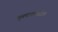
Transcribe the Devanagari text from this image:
कुलाचारातील